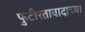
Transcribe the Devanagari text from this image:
फुटीरतावादाच्या